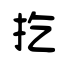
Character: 扢